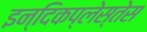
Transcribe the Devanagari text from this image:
इन्दिकप्लेस्तेस